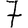
Digit: 7